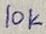
Text: 1OK